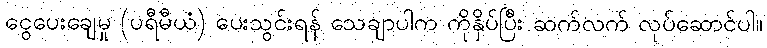
ငွေပေးချေမှု (ပရီမီယံ) ပေးသွင်းရန် သေချာပါက ကိုနှိပ်ပြီး ဆက်လက် လုပ်ဆောင်ပါ။